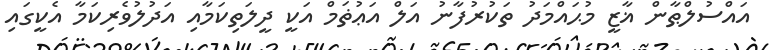
އައްސުލްޠާން ޣާޒީ މުޙައްމަދު ތަކުރުފާނު އަލް އަޢުޡަމް އަކީ ދީލަތިކަމާއި އަދުލުވެރިކަމާ އެކީގައި